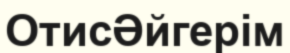
ОтисӘйгерім